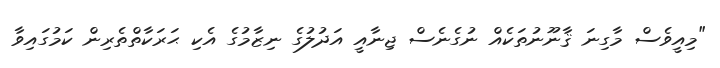
"މިއީވެސް މާގިނަ ޤާނޫނުތަކެއް ނުގެނެސް ޖިނާއީ އަދުލުގެ ނިޒާމުގެ އެކި ޙަރަކާތްތެރިން ކަމުގައިވާ